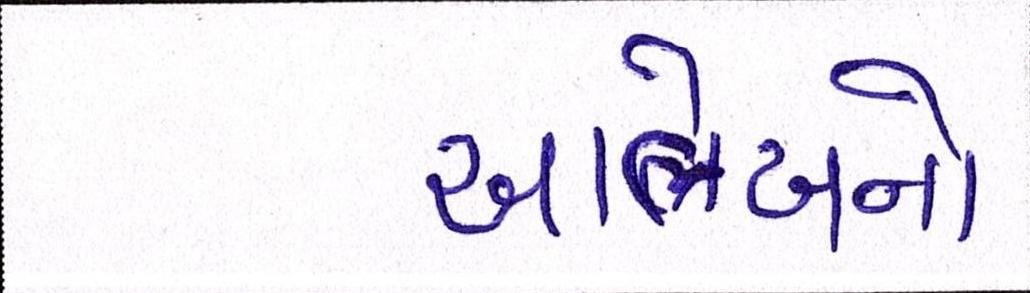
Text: આલેખનો